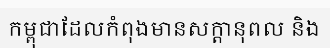
កម្ពុជាដែលកំពុងមានសក្តានុពល និង